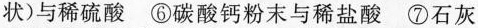
状)与稀硫酸 ⑥碳酸钙粉末与稀盐酸 ⑦石灰